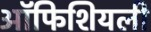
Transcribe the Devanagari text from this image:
ऑफिशियली